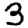
Digit: 3